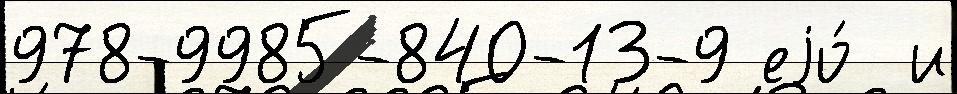
978-9985-840-13-9 еjо́  и